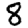
Digit: 8